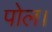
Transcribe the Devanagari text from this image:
पोल।